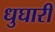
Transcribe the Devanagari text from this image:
धुघारी